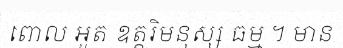
ពោល អួត ឧត្តរិមនុស្ស ធម្ម ។ មាន